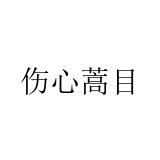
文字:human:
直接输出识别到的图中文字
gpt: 伤心蒿目